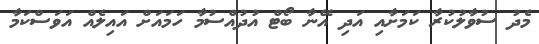
މެދު ސުވާލުކުރާ ކަމަށާއި އަދި އޭނާ ބޯޓް އުދުއްސުމާ ހަމައަށް އައިލެއް އަވަސްކަމާ